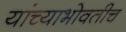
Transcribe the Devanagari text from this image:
यांच्याभोवतीच